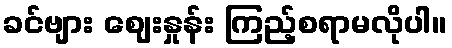
ခင်ဗျား ဈေးနှုန်း ကြည့်စရာမလိုပါ။